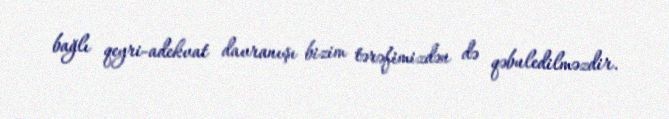
bağlı qeyri-adekvat davranışı bizim tərəfimizdən də qəbuledilməzdir.